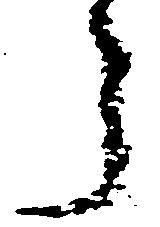
う